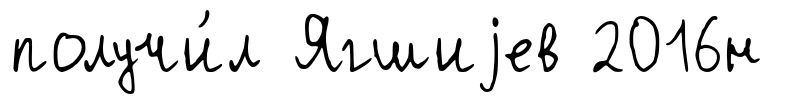
получи́л Ягшиjев 2016н